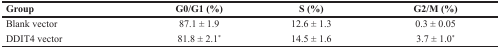
<table><thead><tr><td><b>Group</b></td><td><b>G0/G1 (%)</b></td><td><b>S (%)</b></td><td><b>G2/M (%)</b></td></tr></thead><tbody><tr><td>Blank vector</td><td>87.1 ± 1.9</td><td>12.6 ± 1.3</td><td>0.3 ± 0.05</td></tr><tr><td>DDIT4 vector</td><td>81.8 ± 2.1<sup>*</sup></td><td>14.5 ± 1.6</td><td>3.7 ± 1.0<sup>*</sup></td></tr></tbody></table>